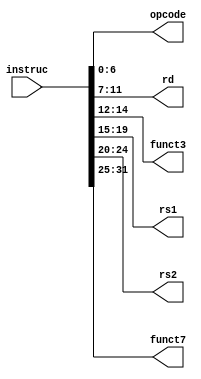
module instruc_parse_2
(
    input [31:0] instruc,
    output [6:0] opcode,
    output [4:0] rd,
    output [2:0] funct3,
    output [4:0] rs1,
    output [4:0] rs2,
    output [6:0] funct7

);

assign opcode = instruc[6:0];
assign rd = instruc[11:7];
assign funct3 = instruc[14:12];
assign rs1 = instruc[19:15];
assign rs2 = instruc[24:20];
assign funct7 = instruc[31:25];


endmodule // instruc_parse